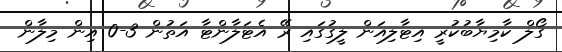
ގޯލް ކާމިޔާބުކުރީ އިޓާލިއަން ލީގުގައި ރޭ އެޓަލާންޓާ އަތުން 3-0 އިން މިލާން